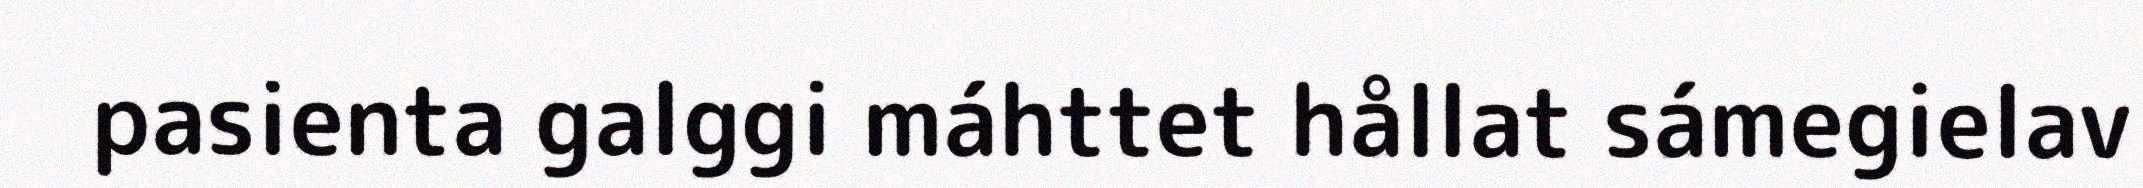
pasienta galggi máhttet hållat sámegielav